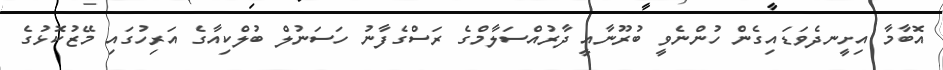
އޮބާމާ އިށީނދެވަޑައިގެން ހުންނެވީ ބުރޫނާއީ ދާރުއްސަލާމްގެ ރަސްގެފާނު ހަސަނުލް ބުލްކިއާގެ އަރިހުގައި މޭޒުކޮޅުގެ